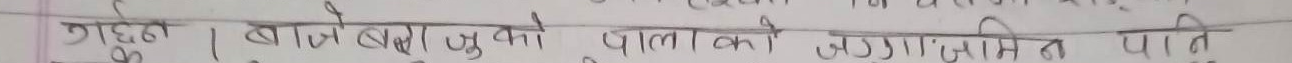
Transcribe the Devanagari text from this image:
गहन । बोले बाबुको पालनको जगमा पति